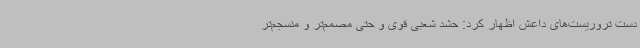
دست تروریست‌های داعش اظهار کرد: حشد شعبی قوی و حتی مصمم‌تر و منسجم‌تر